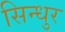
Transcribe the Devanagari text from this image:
सिन्‍धुर